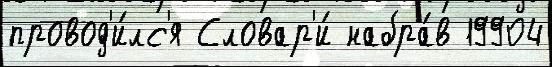
провод'и́лс'я Словар'и́ набра́в 19904